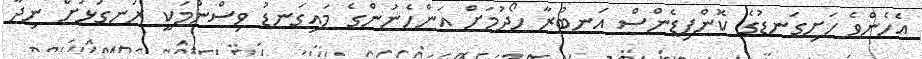
އެހެންވެ ހަށިގަނޑުގެ ކޮންފިޑެންސް އަނބުރާ ހޯދުމަށް އަންހެނުންގެ މައިގަނޑު ވިސްނުމަކީ ރަނގަޅަށް ނިދާ